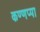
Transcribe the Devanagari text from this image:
कण्णप्पा